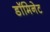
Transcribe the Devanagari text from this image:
डॉमिनेट